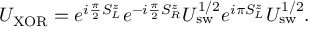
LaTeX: U _ { \mathrm { { X O R } } } = e ^ { i { \frac { \pi } { 2 } } S _ { L } ^ { z } } e ^ { - i { \frac { \pi } { 2 } } S _ { R } ^ { z } } U _ { \mathrm { { s w } } } ^ { 1 / 2 } e ^ { i \pi S _ { L } ^ { z } } U _ { \mathrm { { s w } } } ^ { 1 / 2 } .